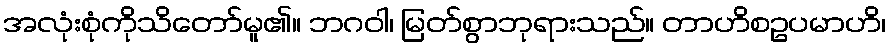
အလုံးစုံကိုသိတော်မူ၏။ ဘဂဝါ၊ မြတ်စွာဘုရားသည်။ တာဟိစဥပမာဟိ၊